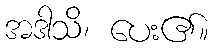
အဒါသိ၊ ပေး၏။